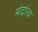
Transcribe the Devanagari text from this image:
मंदांत्य